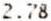
2.78